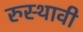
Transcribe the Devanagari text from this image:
रुस्थावी